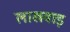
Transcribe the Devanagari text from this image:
लाखवाड़